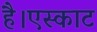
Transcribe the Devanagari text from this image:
है।एस्काट